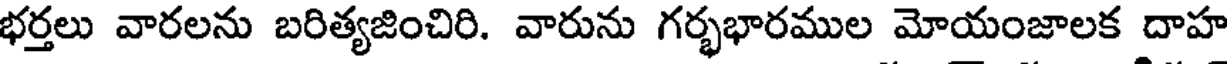
భర్తలు వారలను బరిత్యజించిరి. వారును గర్భభారముల మోయంజాలక దాహ